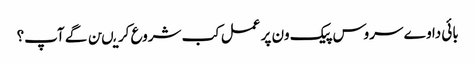
بائی دا وے سروس پیک ون پر عمل کب شروع کریںن گے آپ؟